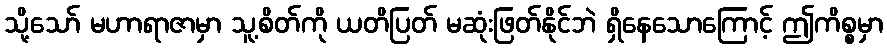
သို့သော် မဟာရာဇာမှာ သူ့စိတ်ကို ယတိပြတ် မဆုံးဖြတ်နိုင်ဘဲ ရှိနေသောကြောင့် ဤကိစ္စမှာ